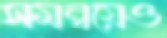
সমন্বয়েও